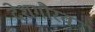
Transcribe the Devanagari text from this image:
देशगौरव